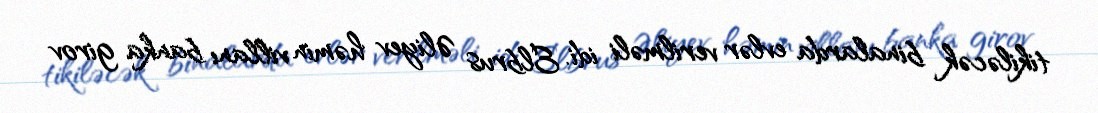
tikiləcək binalarda evlər verilməli idi. Elbrus Əliyev həmin villanı banka girov